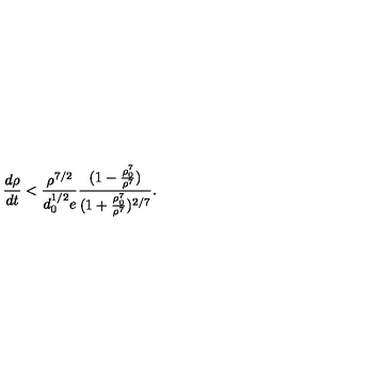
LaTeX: \frac { d \rho } { d t } < \frac { \rho ^ { 7 / 2 } } { d _ { 0 } ^ { 1 / 2 } e } \frac { ( 1 - \frac { \rho _ { 0 } ^ { 7 } } { \rho ^ { 7 } } ) } { ( 1 + \frac { \rho _ { 0 } ^ { 7 } } { \rho ^ { 7 } } ) ^ { 2 / 7 } } .